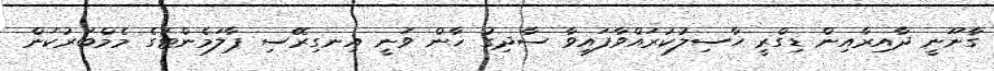
ގާނޫނީ ދާއިރާއިން ޑިގްރީ ހާސިލުކުރައްވާފައިވާ ސާދިގު ޚާން ވަނީ އިނގިރޭސި ޕާލަމެންޓުގެ މެމްބަރުކަން